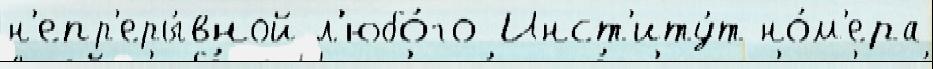
н'епр'еры́вной л'юбо́го Инст'иту́т но́м'ера